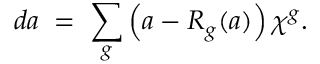
d a \; = \; \sum _ { g } \left( a - R _ { g } ( a ) \right) \chi ^ { g } .